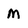
Character: M